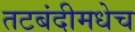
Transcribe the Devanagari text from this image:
तटबंदीमधेच